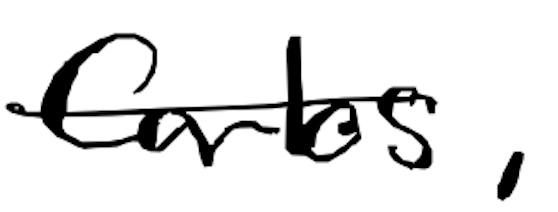
Text: Carlos,
Cross-out: single-line
Writing tool: digital_black